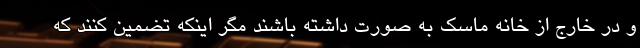
و در خارج از خانه ماسک به صورت داشته باشند مگر اینکه تضمین کنند که